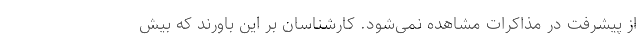
از پیشرفت در مذاکرات مشاهده نمی‌شود. کارشناسان بر این باورند که بیش